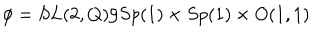
\phi = S L ( 2 , Q ) / S p ( 1 ) \times S p ( 1 ) \times O ( 1 , 1 )